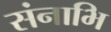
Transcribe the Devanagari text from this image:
संनाभि